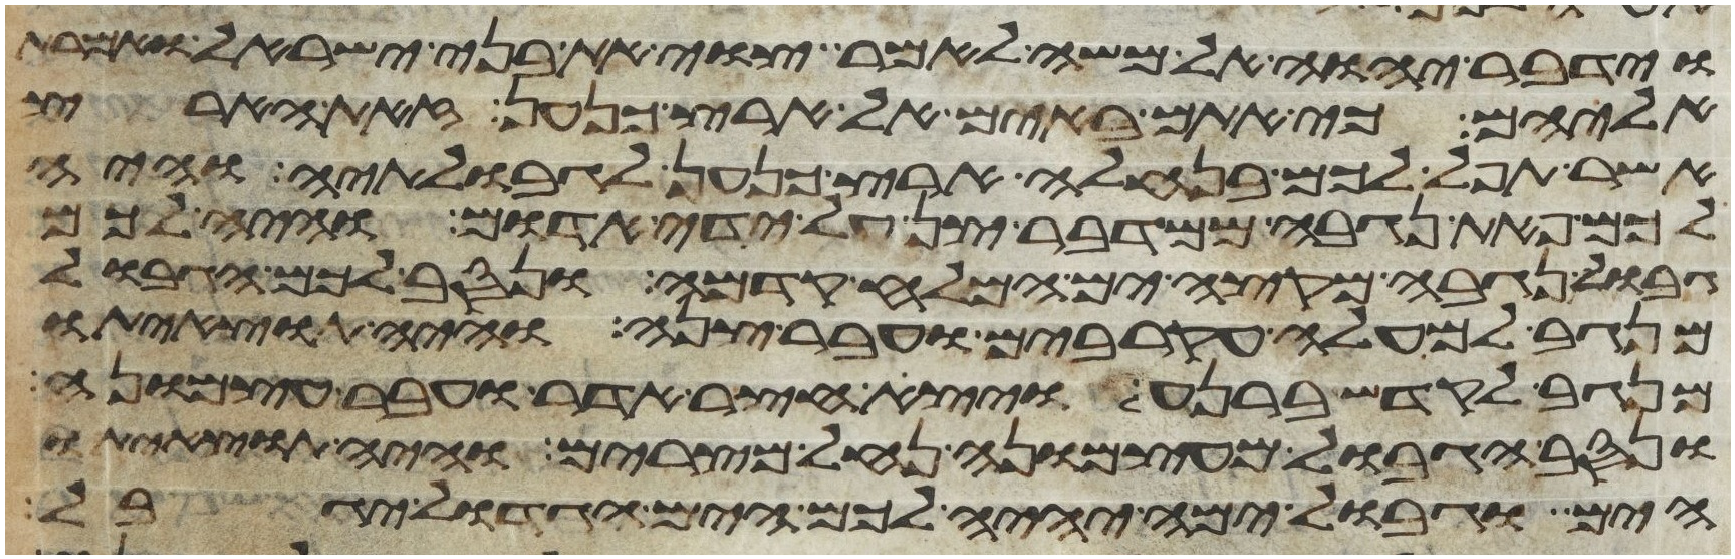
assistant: וידבר יהוה אל משה לאמר צוי את בני ישראל ואמרת
אליהם כי אתם באים אל ארץ כנען זאת הארץ
אשר תפל לכם בנחלה ארץ כנען לגבולתיה והיה
לכם פאת נגבה ממדבר צן על ידי אדום והיה לכם
גבול נגבה מקצה ים המלח קדמה ונסב לכם הגבול
מנגב למעלה עקרבים ועבר צנה והיה תוצאיתו
מנגב לקדש ברנע ויצא חצר אדר ועבר עצמונה
ונסב הגבול מעצמונה נחל מצרים והיה תוצאיתו
הים וגבול ימה יהיה לכם הים הגדול יגבל